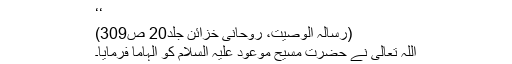
‘‘
(رسالہ الوصیت، روحانی خزائن جلد20 ص309)
اللہ تعالیٰ نے حضرت مسیح موعود علیہ السلام کو الہاماً فرمایا۔